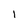
Character: 1